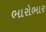
ભારોભાર